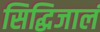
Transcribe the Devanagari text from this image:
सिद्धिजालं